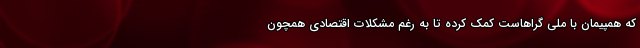
که همپیمان با ملی گراهاست کمک کرده تا به رغم مشکلات اقتصادی همچون